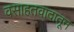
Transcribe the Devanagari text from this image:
वसाहतवादातून